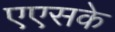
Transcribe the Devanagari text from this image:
एएसके